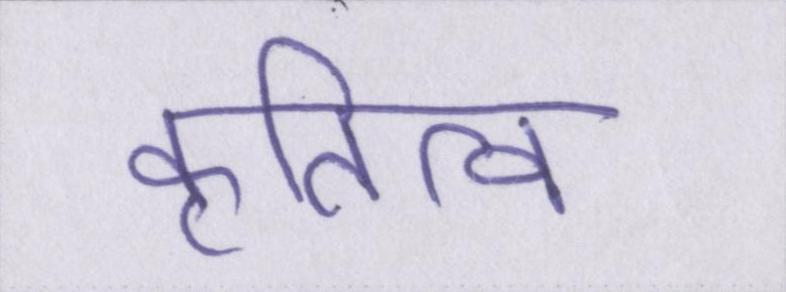
कृतित्व